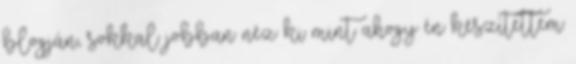
blogján, sokkal jobban néz ki mint ahogy én készítettem